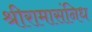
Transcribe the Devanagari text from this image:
श्रीरामासंनिध